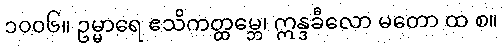
၁၀၀၆။ ဥမ္မာရေ ဧသိကတ္ထမ္ဘေ၊ ဣန္ဒခီလော မတော ထ စ။